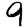
Digit: 9